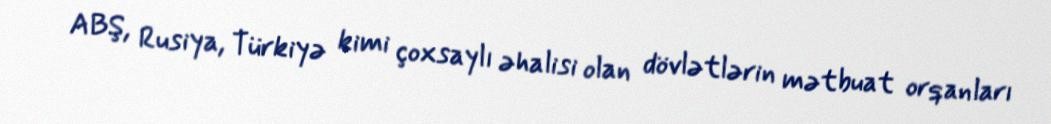
ABŞ, Rusiya, Türkiyə kimi çoxsaylı əhalisi olan dövlətlərin mətbuat orqanları